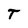
Character: T